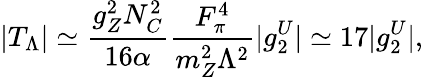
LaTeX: \left|T_{\Lambda}\right|\simeq{\frac{g_{Z}^{2}N_{C}^{2}}{16\alpha}}{\frac{F_{\pi}^{4}}{m_{Z}^{2}\Lambda^{2}}}|g_{2}^{U}|\simeq 17|g_{2}^{U}|,